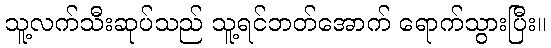
သူ့လက်သီးဆုပ်သည် သူ့ရင်ဘတ်အောက် ရောက်သွားပြီး။